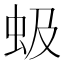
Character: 𫊩